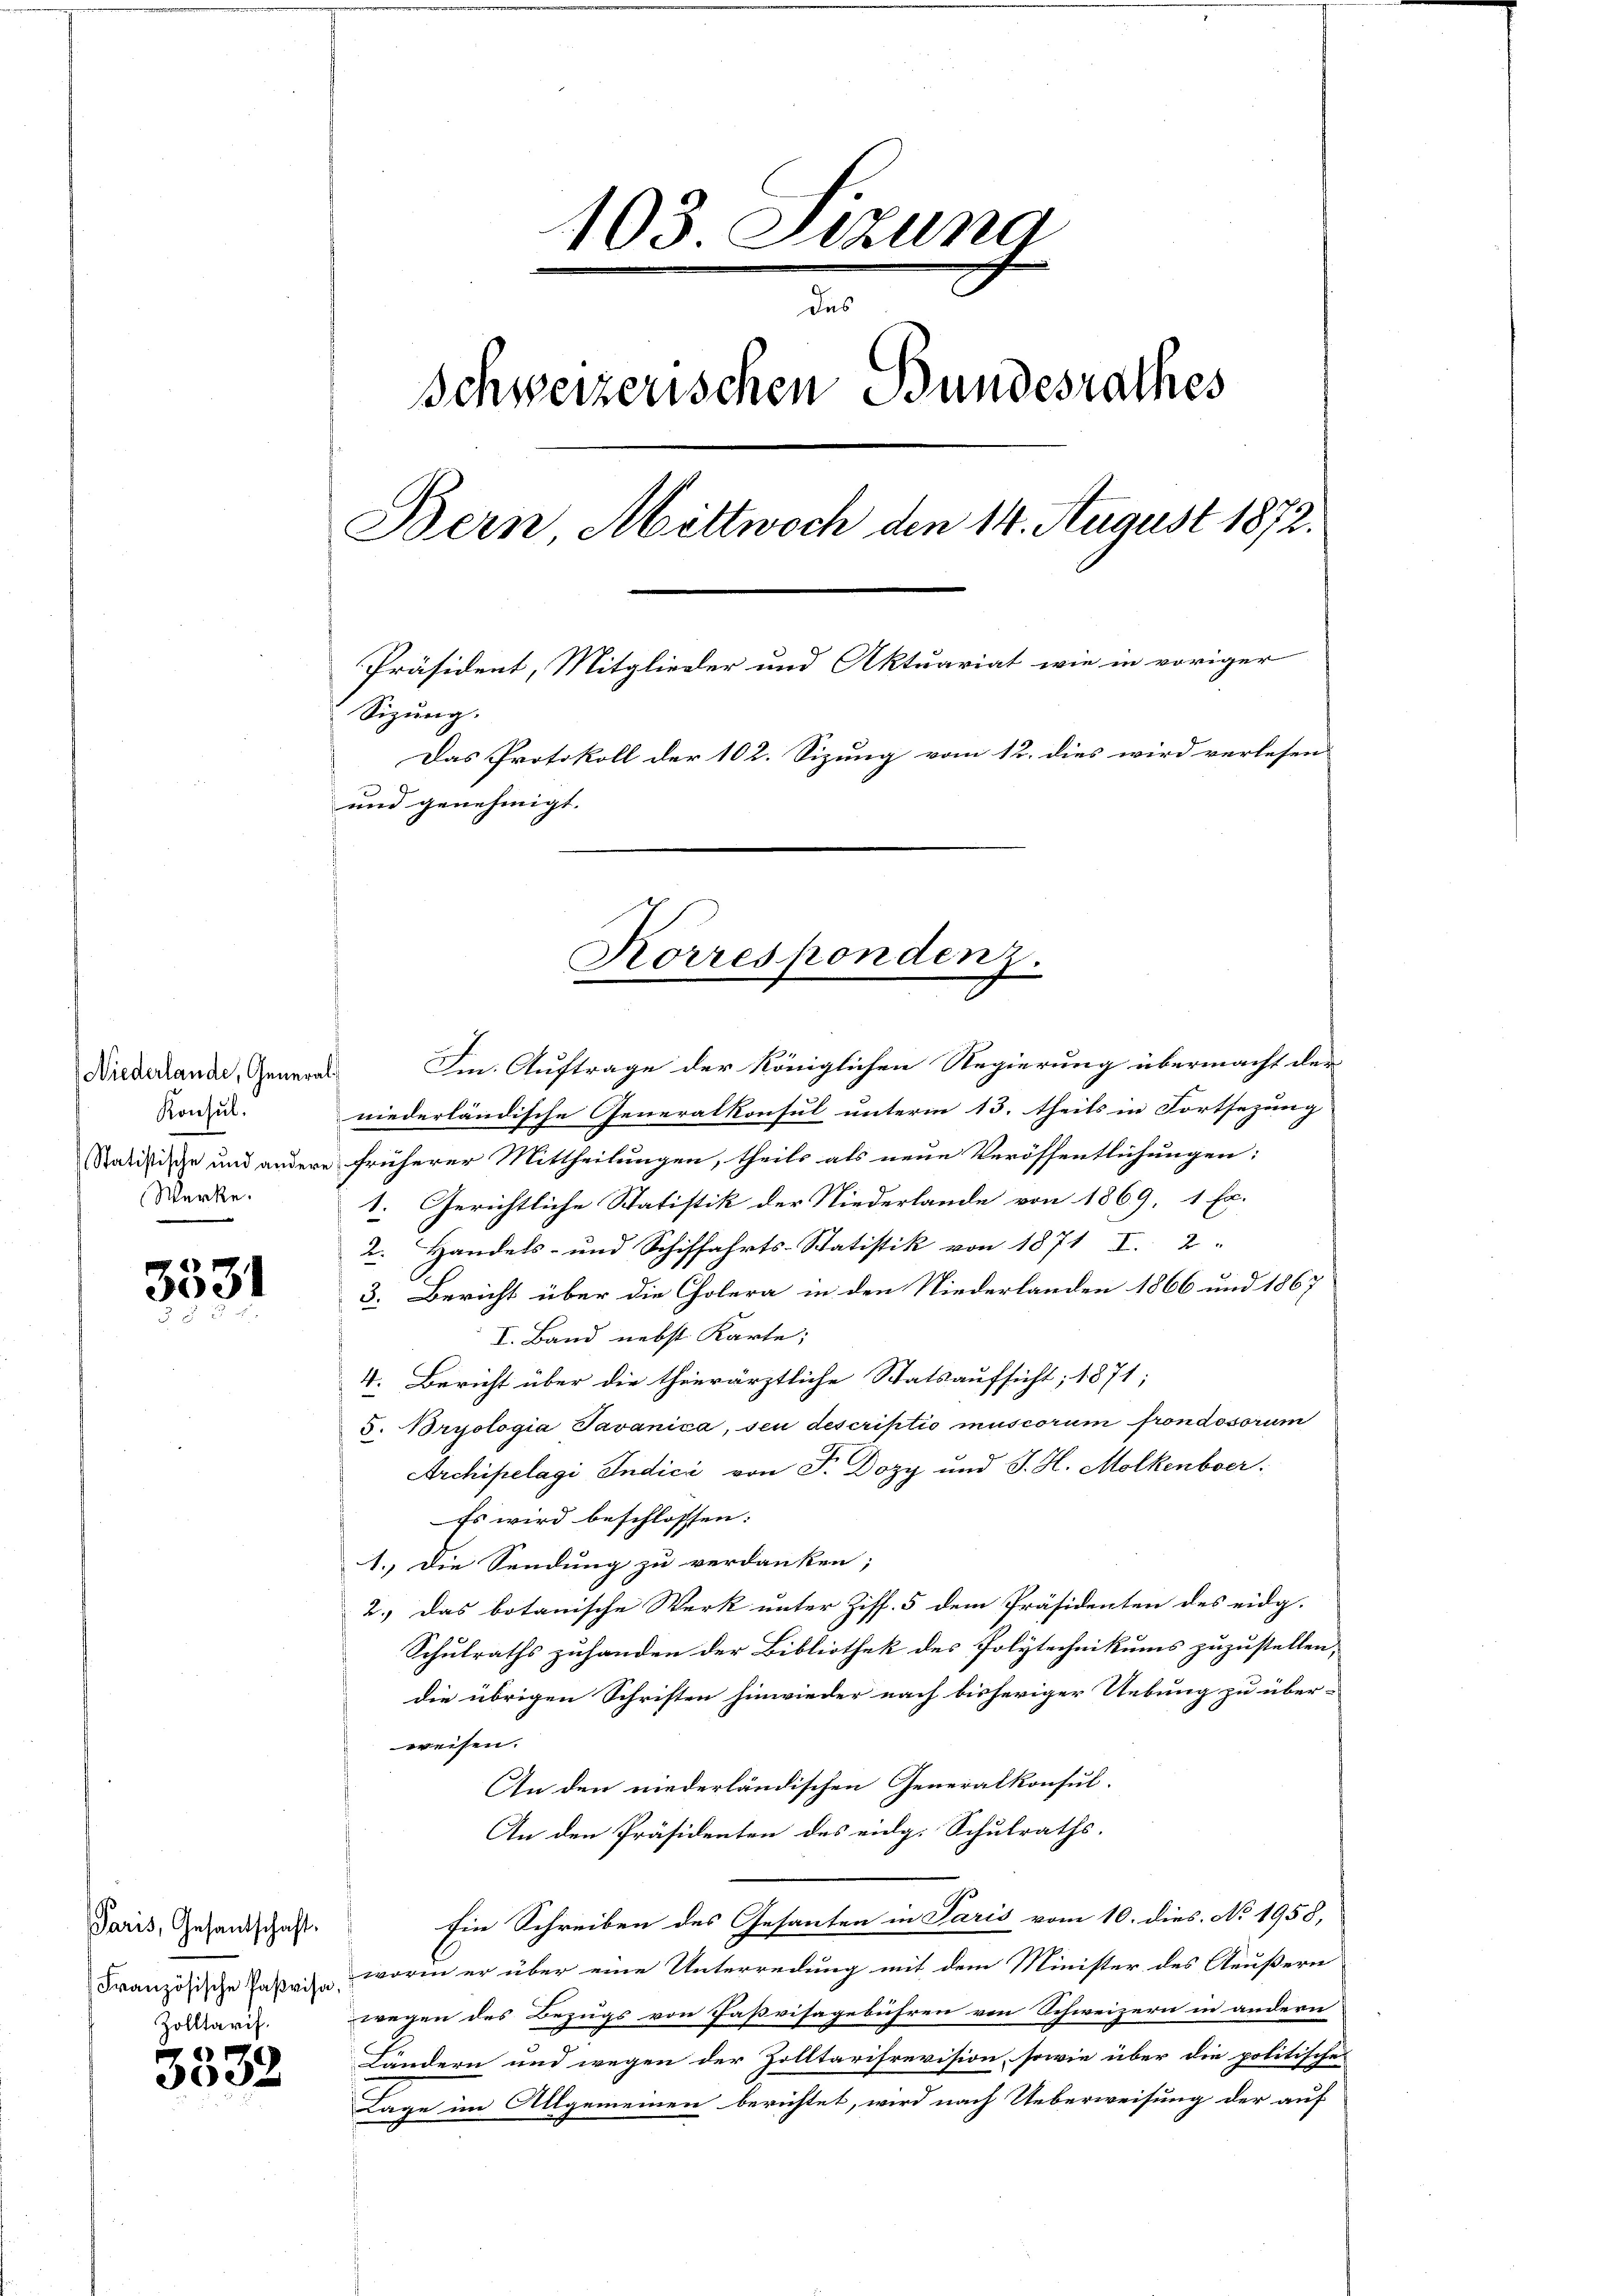
Konsul.
Werke.

3531

Paris, Gesandtschaft.
Zolltarif.

77
3032

103. Sitzung
das
Schweizerischen Bundesrathes
Bern Mittwoch den 14. August 1872.
Präsident, Mitglieder und Aktuariat wie in voriger
Sizung.
Das Protokoll der 102. Sizung vom 12. dies wird verlesen
und genehmigt.

Niederlande, General- Im Auftrage der Königlichen Regierung übermacht der
niederländische Generalkonsul unterm 13. theils in Fortsezung
Statistische und andere früherer Mittheilungen, theils als neue Veröffentlichungen:
1. Gerichtliche Statistik der Niederlande von 1869, 1 Er.
2. Handels- und Schiffahrts-Statistik von 1871 I. 2
3. Bericht über die Cholera in den Niederlanden 1866 und 1867
I. Band nebst Karte;
4. Bericht über die thierärztliche Statsaufsicht; 1871;
5. Bryologia Tavanica, sei descriptio muscorum frondosorum
Archipelagi Indici von F. Dozy und J. H. Molkenber
Es wird beschlossen:
1. Die Sendung zu verdanken;
2.) Das botanische Werk unter Ziff. 5 dem Präsidenten des eidg.
Schulraths zuhanden der Bibliothek des Polytechnikums zuzustellen,
die übrigen Schriften hinwieder nach bisheriger Uebung zu über-
weisen.
An den niederländischen Generalkonsul-
An den Präsidenten des eidg. Schulraths.
Ein Schreiben des Gesanten in Paris vom 10. dies. No 1958,
Französische Paten worin er über eine Unterredung mit dem Minister des Aeußern
wegen des Bezugs von Faßvisagebühren von Schweizern in andern
Ländern und wegen der Zolltarisrevision, sowie über die politisches
Lage im Allgemeinen berichtet, wird nach Ueberweisung der auf

Korrespondenz.